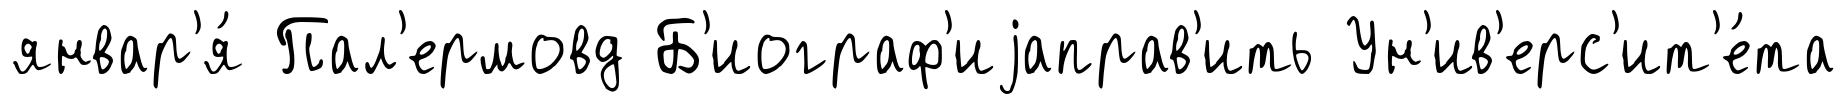
январ'я́ Пал'ермовд Б'иограф'иjаправ'ить Ун'ив'ерс'ит'е́та